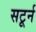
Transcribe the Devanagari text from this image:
सटूर्न